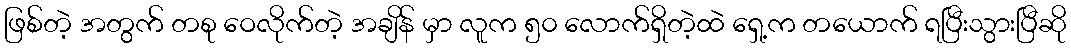
ဖြစ်တဲ့ အတွက် တစု ဝေလိုက်တဲ့ အချိန် မှာ လူက ၅၀ လောက်ရှိတဲ့ထဲ ရှေ့က တယောက် ရပြီးသွားပြီဆို